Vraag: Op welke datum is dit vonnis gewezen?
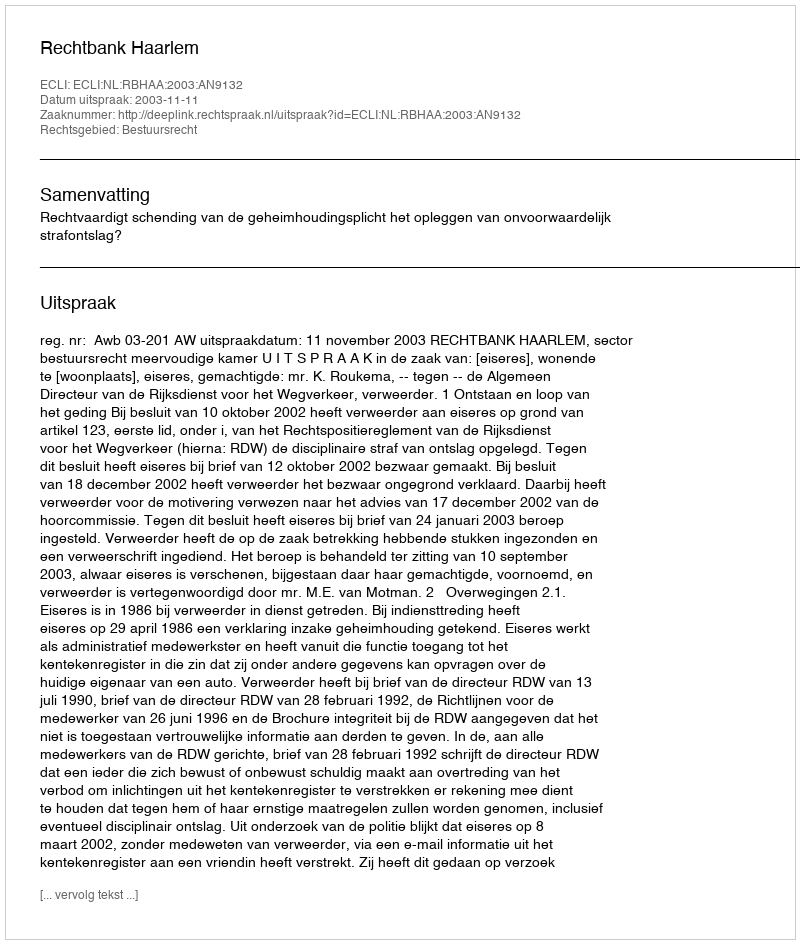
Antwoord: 2003-11-11